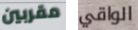
مقربين الواقي